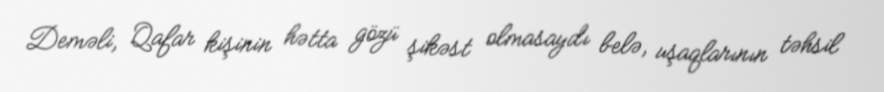
Deməli, Qafar kişinin hətta gözü şikəst olmasaydı belə, uşaqlarının təhsil